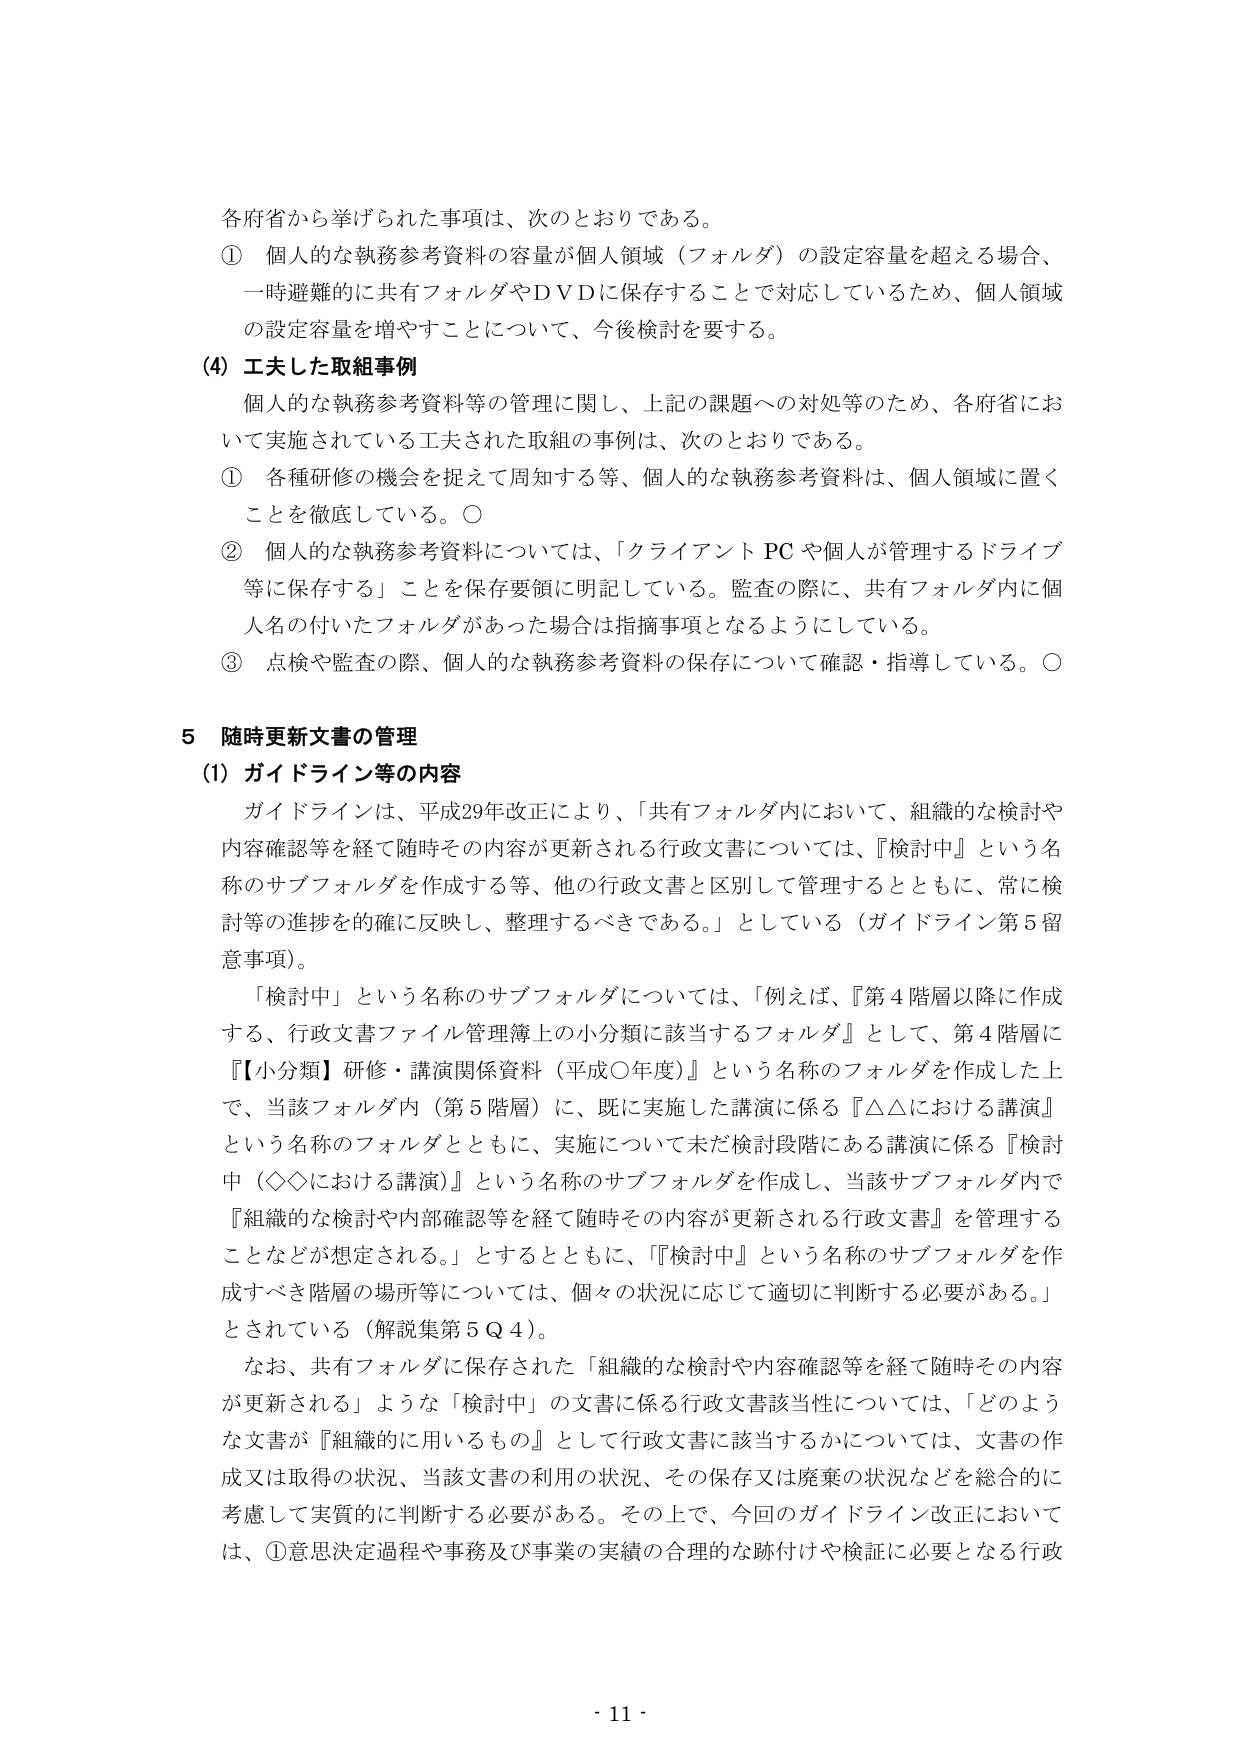
各府省から挙げられた事項は、次のとおりである。

① 個人的な執務参考資料の容量が個人領域（フォルダ）の設定容量を超える場合、一時避難的に共有フォルダやＤＶＤに保存することで対応しているため、個人領域の設定容量を増やすことについて、今後検討を要する。

(4) 工夫した取組事例

個人的な執務参考資料等の管理に関し、上記の課題への対処等のため、各府省において実施されている工夫された取組の事例は、次のとおりである。

① 各種研修の機会を捉えて周知する等、個人的な執務参考資料は、個人領域に置くことを徹底している。○

② 個人的な執務参考資料については、「クライアントＰＣや個人が管理するドライブ等に保存する」ことを保存要領に明記している。監査の際に、共有フォルダ内に個人名の付いたフォルダがあった場合は指摘事項となるようにしている。

③ 点検や監査の際、個人的な執務参考資料の保存について確認・指導している。○

5 随時更新文書の管理

(1) ガイドライン等の内容

ガイドラインは、平成29年改正により、「共有フォルダ内において、組織的な検討や内容確認等を経て随時その内容が更新される行政文書については、『検討中』という名称のサブフォルダを作成する等、他の行政文書と区別して管理するとともに、常に検討等の進捗を的確に反映し、整理するべきである。」としている（ガイドライン第5留意事項）。

「検討中」という名称のサブフォルダについては、「例えば、『第4階層以降に作成する、行政文書ファイル管理簿上の小分類に該当するフォルダ』として、第4階層に『【小分類】研修・講演関係資料（平成○年度）』という名称のフォルダを作成した上で、当該フォルダ内（第5階層）に、既に実施した講演に係る『△△における講演』という名称のフォルダとともに、実施について未だ検討段階にある講演に係る『検討中（◇◇における講演）』という名称のサブフォルダを作成し、当該サブフォルダ内で『組織的な検討や内部確認等を経て随時その内容が更新される行政文書』を管理することなどが想定される。」とするとともに、「『検討中』という名称のサブフォルダを作成すべき階層の場所等については、個々の状況に応じて適切に判断する必要がある。」とされている（解説集第5Ｑ4）。

なお、共有フォルダに保存された「組織的な検討や内容確認等を経て随時その内容が更新される」ような「検討中」の文書に係る行政文書該当性については、「どのような文書が『組織的に用いるもの』として行政文書に該当するかについては、文書の作成又は取得の状況、当該文書の利用の状況、その保存又は廃棄の状況などを総合的に考慮して実質的に判断する必要がある。その上で、今回のガイドライン改正においては、①意思決定過程や事務及び事業の実績の合理的な跡付けや検証に必要となる行政

- 11 -